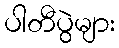
ပါတီပွဲများ